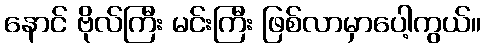
နောင် ဗိုလ်ကြီး မင်းကြီး ဖြစ်လာမှာပေါ့ကွယ်။